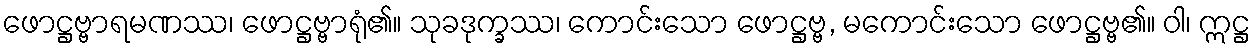
ဖောဋ္ဌဗ္ဗာရမဏဿ၊ ဖောဋ္ဌဗ္ဗာရုံ၏။ သုခဒုက္ခဿ၊ ကောင်းသော ဖောဋ္ဌဗ္ဗ, မကောင်းသော ဖောဋ္ဌဗ္ဗ၏။ ဝါ၊ ဣဋ္ဌ